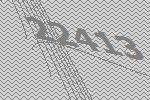
22413